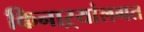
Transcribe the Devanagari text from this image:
किनाऱ्यांलगत